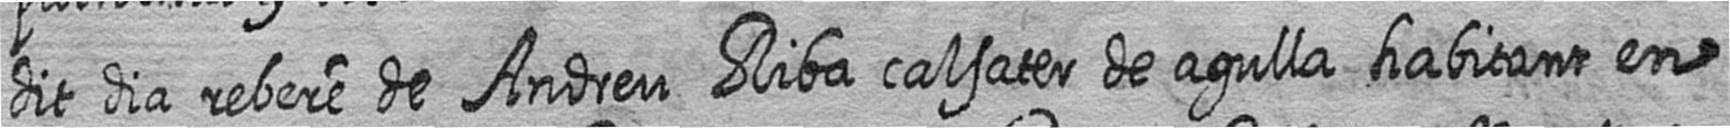
dit dia rebere de Andreu Riba calsater de agulla habitant en